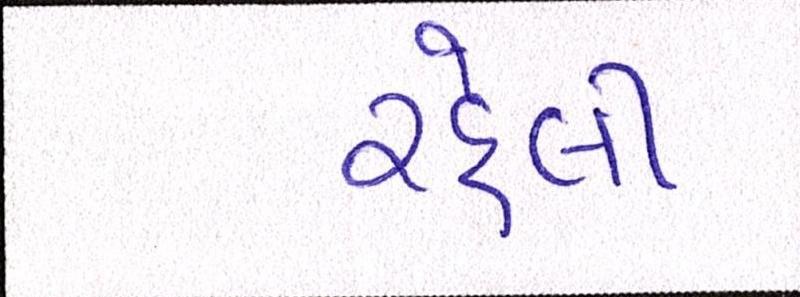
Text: રહેલી